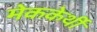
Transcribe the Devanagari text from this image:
मेककेर्थी